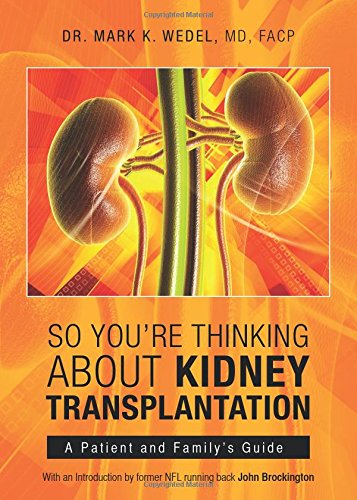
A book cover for So You're Thinking About Kidney Transplantation; Md, Facp Dr. Mark K. Wedel; Health, Fitness & Dieting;